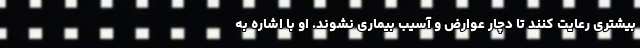
بیشتری رعایت کنند تا دچار عوارض و آسیب بیماری نشوند. او با اشاره به